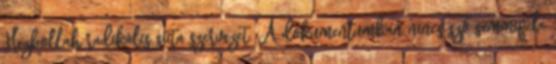
Hezbollah radikális síita szervezet. A dokumentumban nincs szó semmiféle